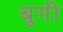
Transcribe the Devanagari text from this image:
बुगी